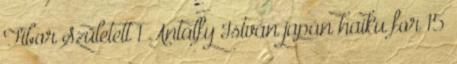
Tibor Született 1 Antalfy István japán haiku for 15